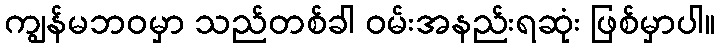
ကျွန်မဘဝမှာ သည်တစ်ခါ ဝမ်းအနည်းရဆုံး ဖြစ်မှာပါ။